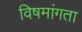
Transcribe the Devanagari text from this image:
विषमांगता